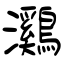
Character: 鸂